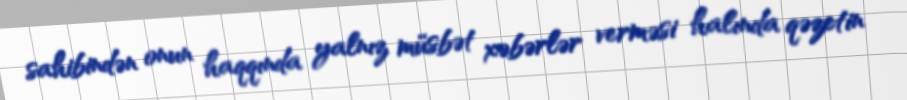
sahibindən onun haqqında yalnız müsbət xəbərlər verməsi halında qəzetin